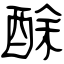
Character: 酴